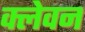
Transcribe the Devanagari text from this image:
क्लेवन